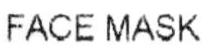
FACE MASK